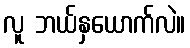
လူ ဘယ်နှယောက်လဲ။